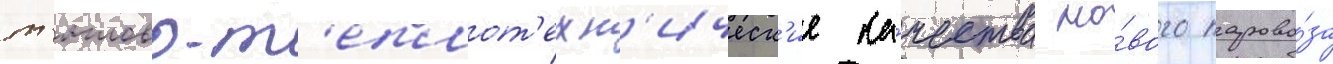
т'ягово-т'еплот'ехн'ическ'ие ка́чества но́вого парово́за